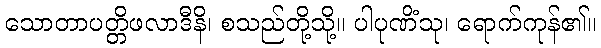
သောတာပတ္တိဖလာဒီနိ၊ စသည်တို့သို့။ ပါပုဏိံသု၊ ရောက်ကုန်၏။